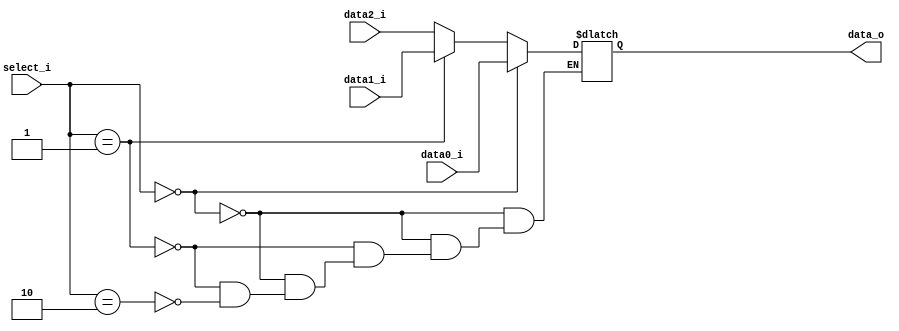

module MUX_3to1(
    data0_i,
    data1_i,
    data2_i,
    select_i,
    data_o
    );

parameter size = 0;

//I/O ports
input   [size-1:0] data0_i;
input   [size-1:0] data1_i;
input   [size-1:0] data2_i;
input   [2-1:0]    select_i;
output  [size-1:0] data_o;

//Internal Signals
reg     [size-1:0] data_o;

//begin logic
always@(*) begin
    if (select_i==0) begin
        data_o=data0_i;    
    end
    else if (select_i==1)begin
        data_o=data1_i;
    end 
    else if (select_i==2) begin
        data_o=data2_i;
    end


end


endmodule